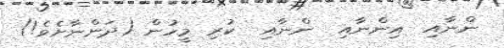
ންނާއި  އިންނާއި  ންނާއި  ކުރި މީހުން (ދަންނާށެވެ!)